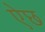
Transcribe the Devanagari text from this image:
ऐछ